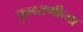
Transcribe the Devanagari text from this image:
फुलराणीच्या